Annual statistical returns and brief notes on vaccination in Bengal - 1887-1898
Year: 1887
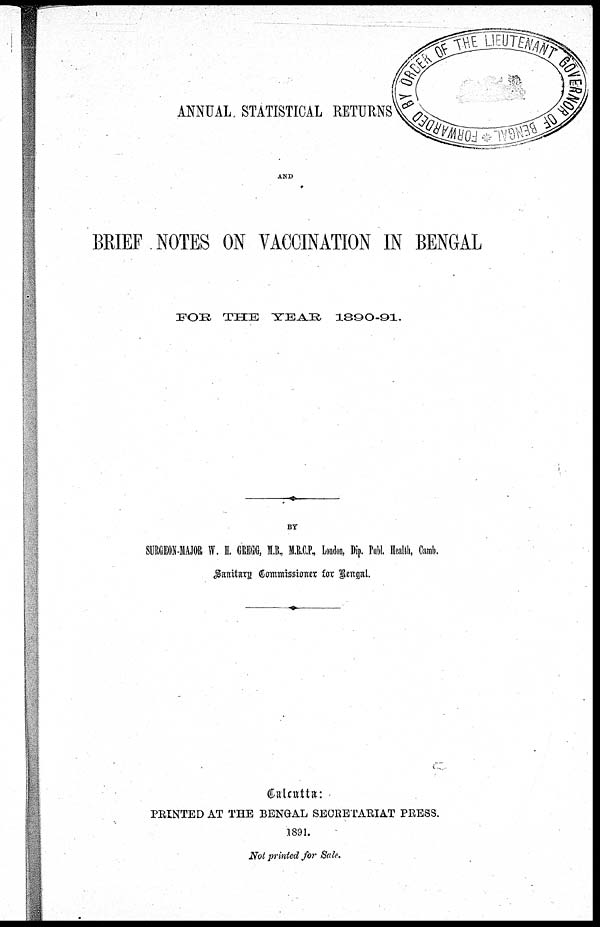
ANNUAL STATISTICAL RETURNS
AND
BRIEF NOTES ON VACCINATION IN BENGAL
FOR THE YEAR
1890-91.
BY
SURGEON-MAJOR W. H. GREGG, M.B., M.R.C.P., London, Dip. Publ. Health, Camb.
Sanitary Commissioner for Bengal.
Calcutta:
PRINTED AT THE BENGAL SECRETARIAT PRESS.
1891.
Not printed for Sale.